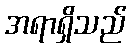
အရာရှိသည်